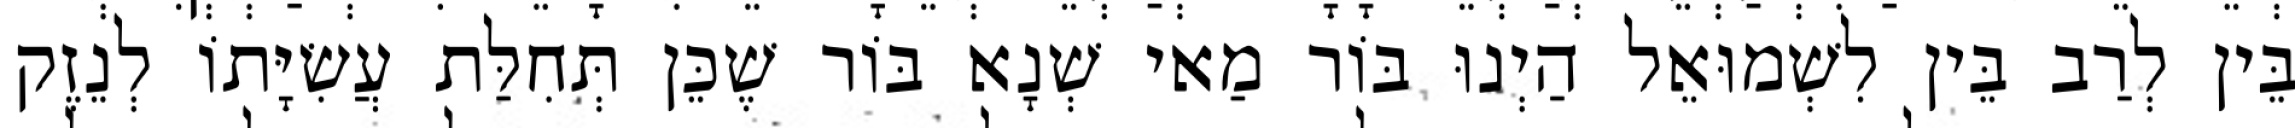
בֵּין לְרַב בֵּין לִשְׁמוּאֵל הַיְנוּ בּוֹר מַאי שְׁנָא בּוֹר שֶׁכֵּן תְּחִלַּת עֲשִׂיָּתוֹ לְנֵזֶק